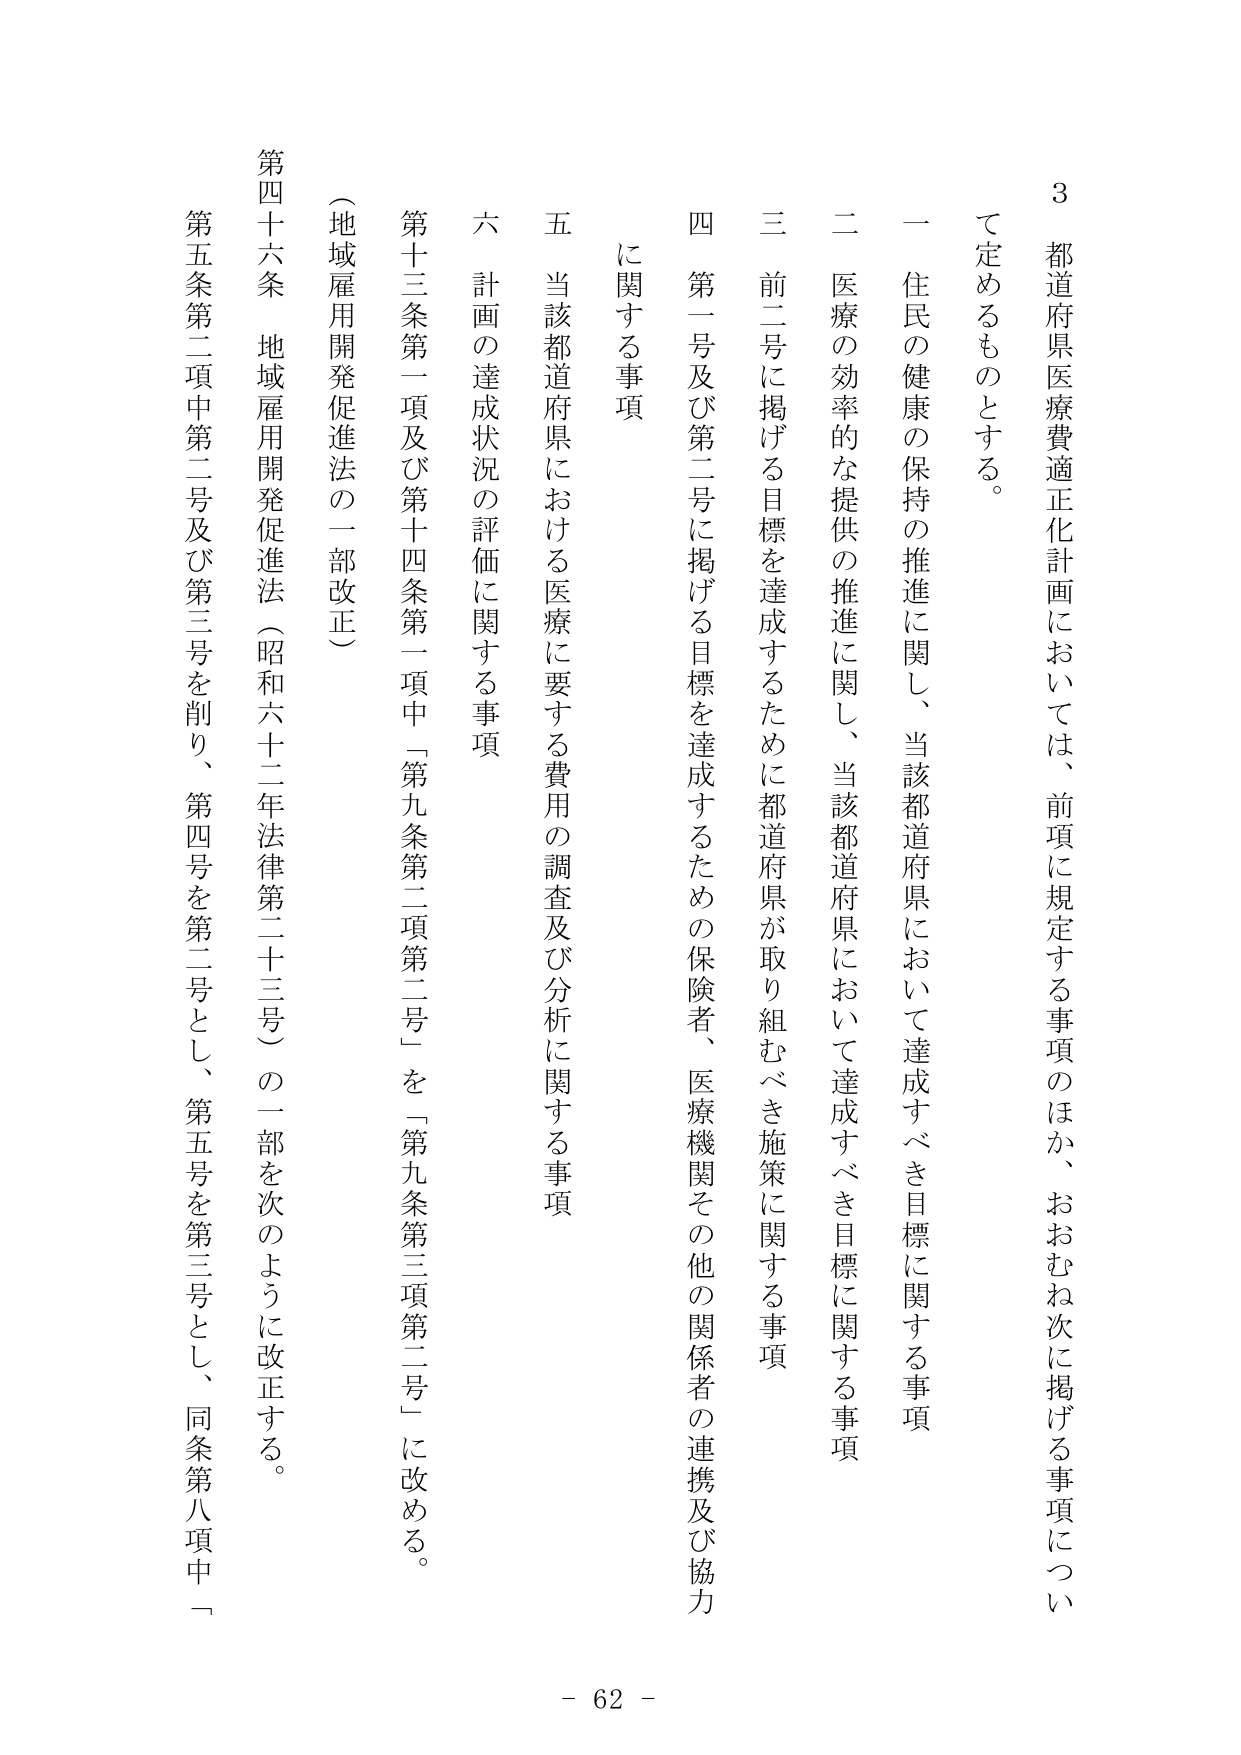
3 都道府県医療費適正化計画においては、前項に規定する事項のほか、おおむね次に掲げる事項について定めるものとする。

一 住民の健康の保持の推進に関し、当該都道府県において達成すべき目標に関する事項

二 医療の効率的な提供の推進に関し、当該都道府県において達成すべき目標に関する事項

三 前二号に掲げる目標を達成するために都道府県が取り組むべき施策に関する事項

四 第一号及び第二号に掲げる目標を達成するための保険者、医療機関その他の関係者の連携及び協力に関する事項

五 当該都道府県における医療に要する費用の調査及び分析に関する事項

六 計画の達成状況の評価に関する事項

第十三条第一項及び第十四条第一項中「第九条第二項第二号」を「第九条第三項第二号」に改める。

（地域雇用開発促進法の一部改正）

第四十六条 地域雇用開発促進法（昭和六十二年法律第二十三号）の一部を次のように改正する。

第五条第二項中第二号及び第三号を削り、第四号を第二号とし、第五号を第三号とし、同条第八項中「

- 62 -